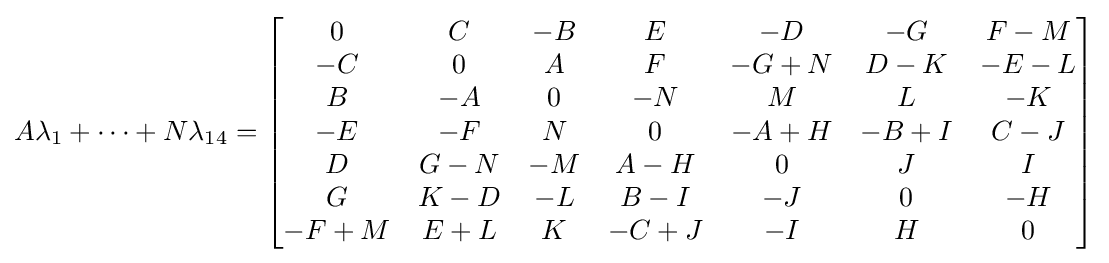
A\lambda _{1}+\cdots +N\lambda _{14}={\begin{bmatrix}0&C&-B&E&-D&-G&F-M\\-C&0&A&F&-G+N&D-K&-E-L\\B&-A&0&-N&M&L&-K\\-E&-F&N&0&-A+H&-B+I&C-J\\D&G-N&-M&A-H&0&J&I\\G&K-D&-L&B-I&-J&0&-H\\-F+M&E+L&K&-C+J&-I&H&0\end{bmatrix}}